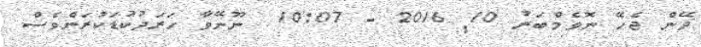
ދޭން ޖެހޭ ނޮވެމްބަރު 10